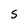
Character: S